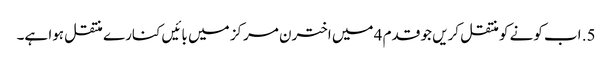
5. اب کونے کو منتقل کریں جو قدم 4 میں اخترن مرکز میں بائیں کنارے منتقل ہوا ہے۔